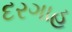
દરગાહ